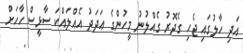
އަދި ހާލުގައި ޖެހި ގެދޮރު ގެއްލުނު މީހުންގެ ޢަދަދު އެއްލައްކަ ސާޅީސް ހާހަށް